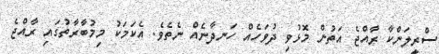
ސްރީލަންކާ ރާއްޖެ އަތުން މޮޅުވި ދުވަހެއް ހަނދާނެއް ނެތެވެ. އެކަމަކު މިމުބާރާތުގައި ރާއްޖެ